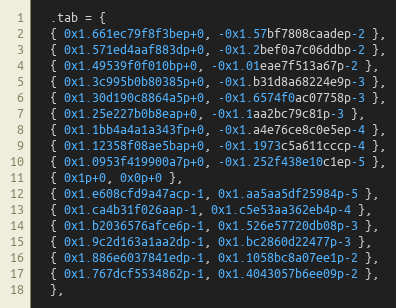
Language: C
  .tab = {
  { 0x1.661ec79f8f3bep+0, -0x1.57bf7808caadep-2 },
  { 0x1.571ed4aaf883dp+0, -0x1.2bef0a7c06ddbp-2 },
  { 0x1.49539f0f010bp+0, -0x1.01eae7f513a67p-2 },
  { 0x1.3c995b0b80385p+0, -0x1.b31d8a68224e9p-3 },
  { 0x1.30d190c8864a5p+0, -0x1.6574f0ac07758p-3 },
  { 0x1.25e227b0b8eap+0, -0x1.1aa2bc79c81p-3 },
  { 0x1.1bb4a4a1a343fp+0, -0x1.a4e76ce8c0e5ep-4 },
  { 0x1.12358f08ae5bap+0, -0x1.1973c5a611cccp-4 },
  { 0x1.0953f419900a7p+0, -0x1.252f438e10c1ep-5 },
  { 0x1p+0, 0x0p+0 },
  { 0x1.e608cfd9a47acp-1, 0x1.aa5aa5df25984p-5 },
  { 0x1.ca4b31f026aap-1, 0x1.c5e53aa362eb4p-4 },
  { 0x1.b2036576afce6p-1, 0x1.526e57720db08p-3 },
  { 0x1.9c2d163a1aa2dp-1, 0x1.bc2860d22477p-3 },
  { 0x1.886e6037841edp-1, 0x1.1058bc8a07ee1p-2 },
  { 0x1.767dcf5534862p-1, 0x1.4043057b6ee09p-2 },
  },